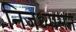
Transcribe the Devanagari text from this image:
निजध्यासन